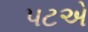
પટએ